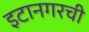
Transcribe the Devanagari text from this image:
इटानगरची